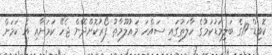
ކޮވިޑް-19ގެ ބަލިމަޑުކަމުގެ ހާލަތުގައި ސައްހަ މައުލޫމާތު ފޯރުކޮށްދޭން ޖެހޭ ކަމަށާއި އެ ކަމަށް